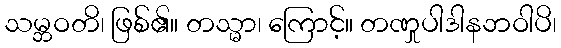
သမ္ဘဝတိ၊ ဖြစ်၏။ တသ္မာ၊ ကြောင့်။ တဏှုပါဒါနဘဝါပိ၊